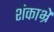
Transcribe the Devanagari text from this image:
शंकाभ्रे